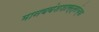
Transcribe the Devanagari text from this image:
मानववंशशास्त्रांच्या